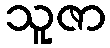
သူဇာ